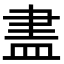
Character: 𥁞